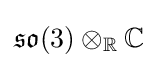
{\mathfrak {so}}(3)\otimes _{\mathbb {R} }\mathbb {C}